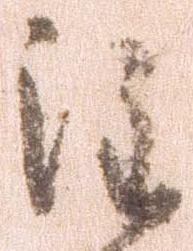
注